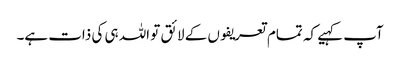
آپ کہیے کہ تمام تعریفوں کے لائق تو اللہ ہی کی ذات ہے۔